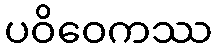
ပဝိဝေကဿ